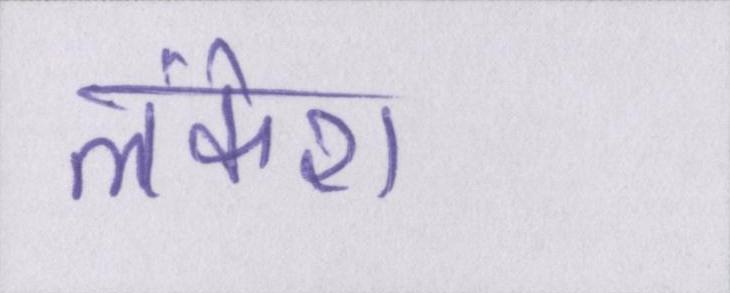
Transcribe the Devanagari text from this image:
लंकेश